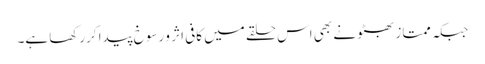
جبکہ ممتاز بھٹو نے بھی اس حلقے میں کافی اثر و رسوخ پیدا کررکھا ہے۔